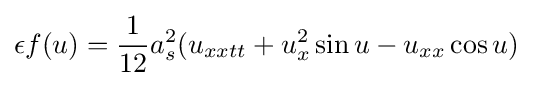
\epsilon f(u)={\frac {1}{12}}a_{s}^{2}(u_{xxtt}+u_{x}^{2}\sin u-u_{xx}\cos u)